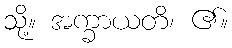
သို့။ အက္ခာယတိ၊ ၏။